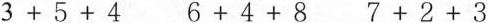
$$3 + 5 + 4$$ $$6 + 4 + 8$$